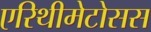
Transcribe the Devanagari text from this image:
एरिथीमेटोसस